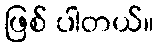
ဖြစ် ပါတယ်။